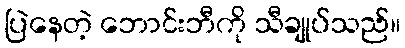
ပြဲနေတဲ့ ဘောင်းဘီကို သီချုပ်သည်။